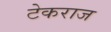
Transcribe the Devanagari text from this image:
टेकराज